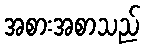
အစားအစာသည်